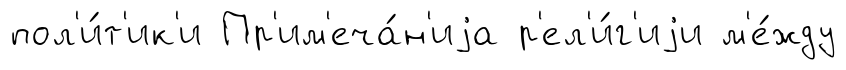
пол'и́т'ик'и Пр'им'еча́н'иjа р'ел'и́г'иjи м'е́жду